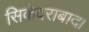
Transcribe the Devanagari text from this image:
सिकंदराबाद।